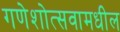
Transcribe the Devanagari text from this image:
गणेशोत्सवामधील